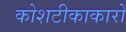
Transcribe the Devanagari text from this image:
कोशटीकाकारों